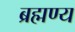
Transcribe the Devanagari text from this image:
ब्रह्मण्य